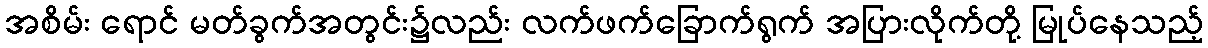
အစိမ်း ရောင် မတ်ခွက်အတွင်း၌လည်း လက်ဖက်ခြောက်ရွက် အပြားလိုက်တို့ မြုပ်နေသည့်